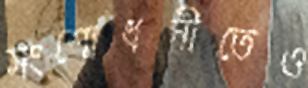
সংশোধনীতেও